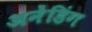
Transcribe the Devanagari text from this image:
अनेंडिंग